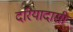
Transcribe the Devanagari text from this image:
दरियादासी